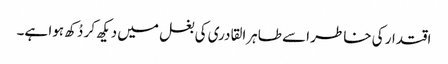
اقتدار کی خاطر اسے طاہرالقادری کی بغل میں دیکھ کر دُکھ ہوا ہے۔